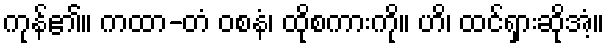
ကုန်၏။ ကထာ-တံ ဝစနံ၊ ထိုစကားကို။ ဟိ၊ ထင်ရှားဆိုအံ့။